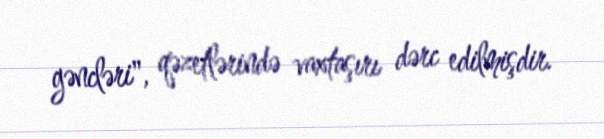
gəncləri", qəzetlərində vaxtaşırı dərc edilmişdir.